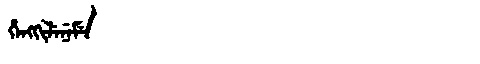
Manchu: ᡥᡝᠩᡴᡳᠯᡝᠨᡝᠮᡝ
Romanization: HENGKILENEME